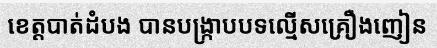
ខេត្តបាត់ដំបង បានបង្ក្រាបបទល្មើសគ្រឿងញៀន